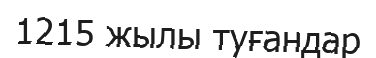
1215 жылы туғандар